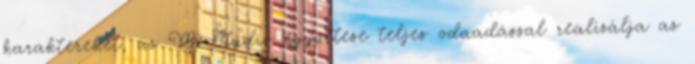
karaktereket, az M Stúdió együttese teljes odaadással realizálja az